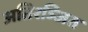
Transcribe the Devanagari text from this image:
अतिरञ्जित